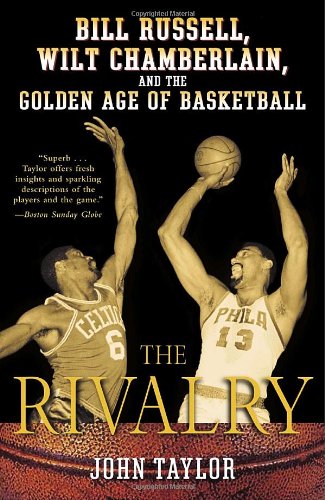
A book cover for The Rivalry: Bill Russell, Wilt Chamberlain, and the Golden Age of Basketball; John Taylor; Biographies & Memoirs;